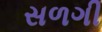
સળગી